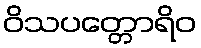
ဝိသပတ္တောရိဝ